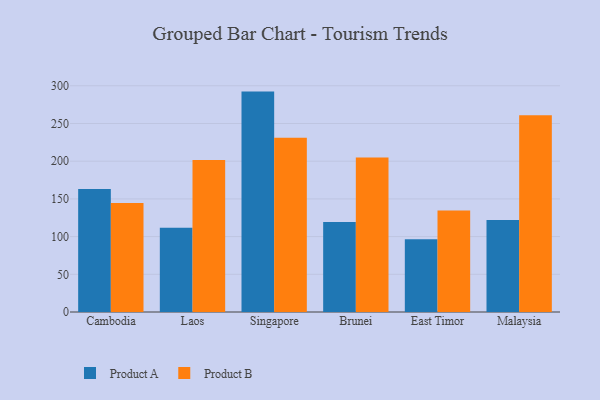
{"axis": {"x": "Country", "y": "Temperature (°C)"}, "legend": ["Product A", "Product B"], "data": [{"x": "Cambodia", "y": 163.0, "type": "Product A"}, {"x": "Cambodia", "y": 144.7, "type": "Product B"}, {"x": "Laos", "y": 111.9, "type": "Product A"}, {"x": "Laos", "y": 201.5, "type": "Product B"}, {"x": "Singapore", "y": 292.3, "type": "Product A"}, {"x": "Singapore", "y": 231.0, "type": "Product B"}, {"x": "Brunei", "y": 119.3, "type": "Product A"}, {"x": "Brunei", "y": 204.8, "type": "Product B"}, {"x": "East Timor", "y": 96.6, "type": "Product A"}, {"x": "East Timor", "y": 134.6, "type": "Product B"}, {"x": "Malaysia", "y": 122.1, "type": "Product A"}, {"x": "Malaysia", "y": 261.0, "type": "Product B"}]}